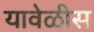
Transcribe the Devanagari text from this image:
यावेळीस